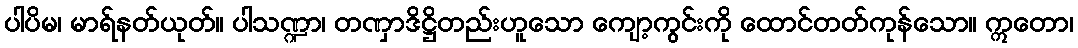
ပါပိမ၊ မာရ်နတ်ယုတ်။ ပါသဏ္ဍာ၊ တဏှာဒိဋ္ဌိတည်းဟူသော ကျော့ကွင်းကို ထောင်တတ်ကုန်သော။ ဣတော၊